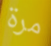
مرة